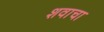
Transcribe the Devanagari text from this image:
शवाचा